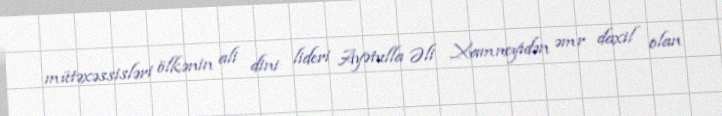
mütəxəssisləri ölkənin ali dini lideri Ayətulla Əli Xamneyidən əmr daxil olan